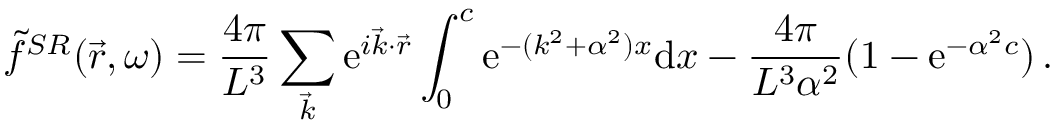
\Tilde { f } ^ { S R } ( \vec { r } , \omega ) = \frac { 4 \pi } { L ^ { 3 } } \sum _ { \vec { k } } \mathrm { e } ^ { i \vec { k } \cdot \vec { r } } \int _ { 0 } ^ { c } \mathrm { e } ^ { - ( k ^ { 2 } + \alpha ^ { 2 } ) x } \mathrm { d } x - \frac { 4 \pi } { L ^ { 3 } \alpha ^ { 2 } } ( 1 - \mathrm { e } ^ { - \alpha ^ { 2 } c } ) \, .